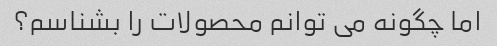
اما چگونه می توانم محصولات را بشناسم؟